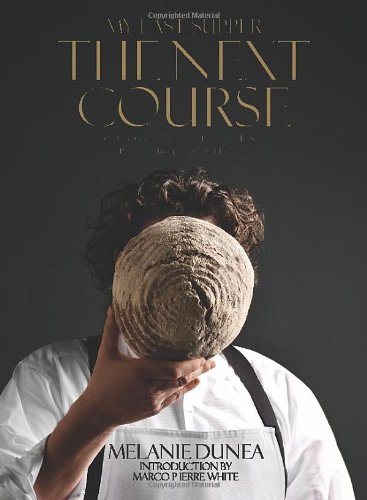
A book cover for My Last Supper: The Next Course: 50 More Great Chefs and Their Final Meals: Portraits, Interviews, and Recipes; Melanie Dunea; Arts & Photography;